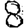
Digit: 8